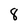
Character: 8